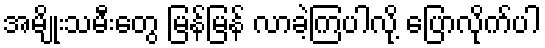
အမျိုးသမီးတွေ မြန်မြန် လာခဲ့ကြပါလို့ ပြောလိုက်ပါ